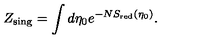
Z _ { \mathrm { \scriptsize s i n g } } = \int d \eta _ { 0 } e ^ { - N S _ { \mathrm { \tiny r e d } } ( \eta _ { 0 } ) } .